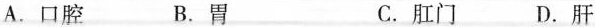
A.口腔 B.胃 C.肛门 D.肝